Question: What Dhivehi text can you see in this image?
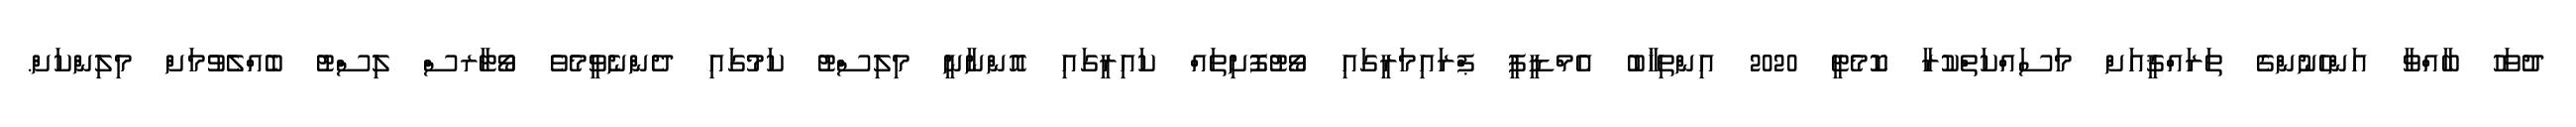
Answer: ދުވަހު ބާއްވާ އަންހެނުންގެ ތަރައްޤީއަށް މަސައްކަތްކުރާ ކޮމެޓީ 2020 އިންތިޚާބު އެމްޑީޕީ ޕްރައިމަރީގައި ވޯޓުފޮށިތައް ކައިރީގައި އޮންނާނީ މިލިސްޓު ކަމުގައި ދެންނެވީމެވެ ވޯޓާރސް ލިސްޓު ބެއްލެވުމަށް މިލިންކަށް.